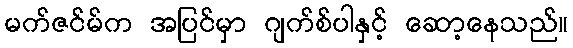
မက်ဇင်မ်က အပြင်မှာ ဂျက်စ်ပါနှင့် ဆော့နေသည်။